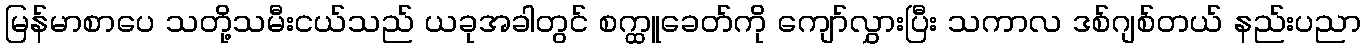
မြန်မာစာပေ သတို့သမီးငယ်သည် ယခုအခါတွင် စက္ထူခေတ်ကို ကျော်လွှားပြီး သကာလ ဒစ်ဂျစ်တယ် နည်းပညာ